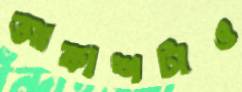
আকাশটাও